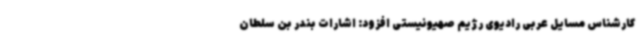
کارشناس مسایل عربی رادیوی رژیم صهیونیستی افزود: اشارات بندر بن سلطان